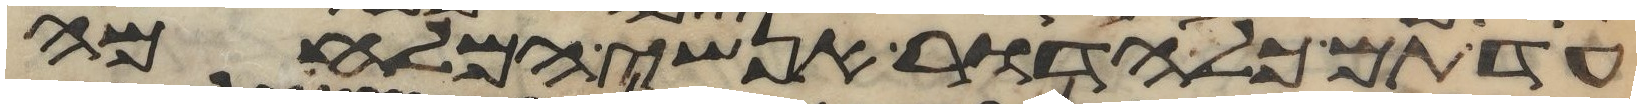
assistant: עד תם כל הדור אנשי המלחמה